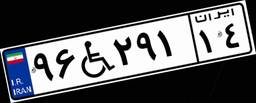
۹۶W۲۹۱۱۴